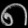
Digit: ၈